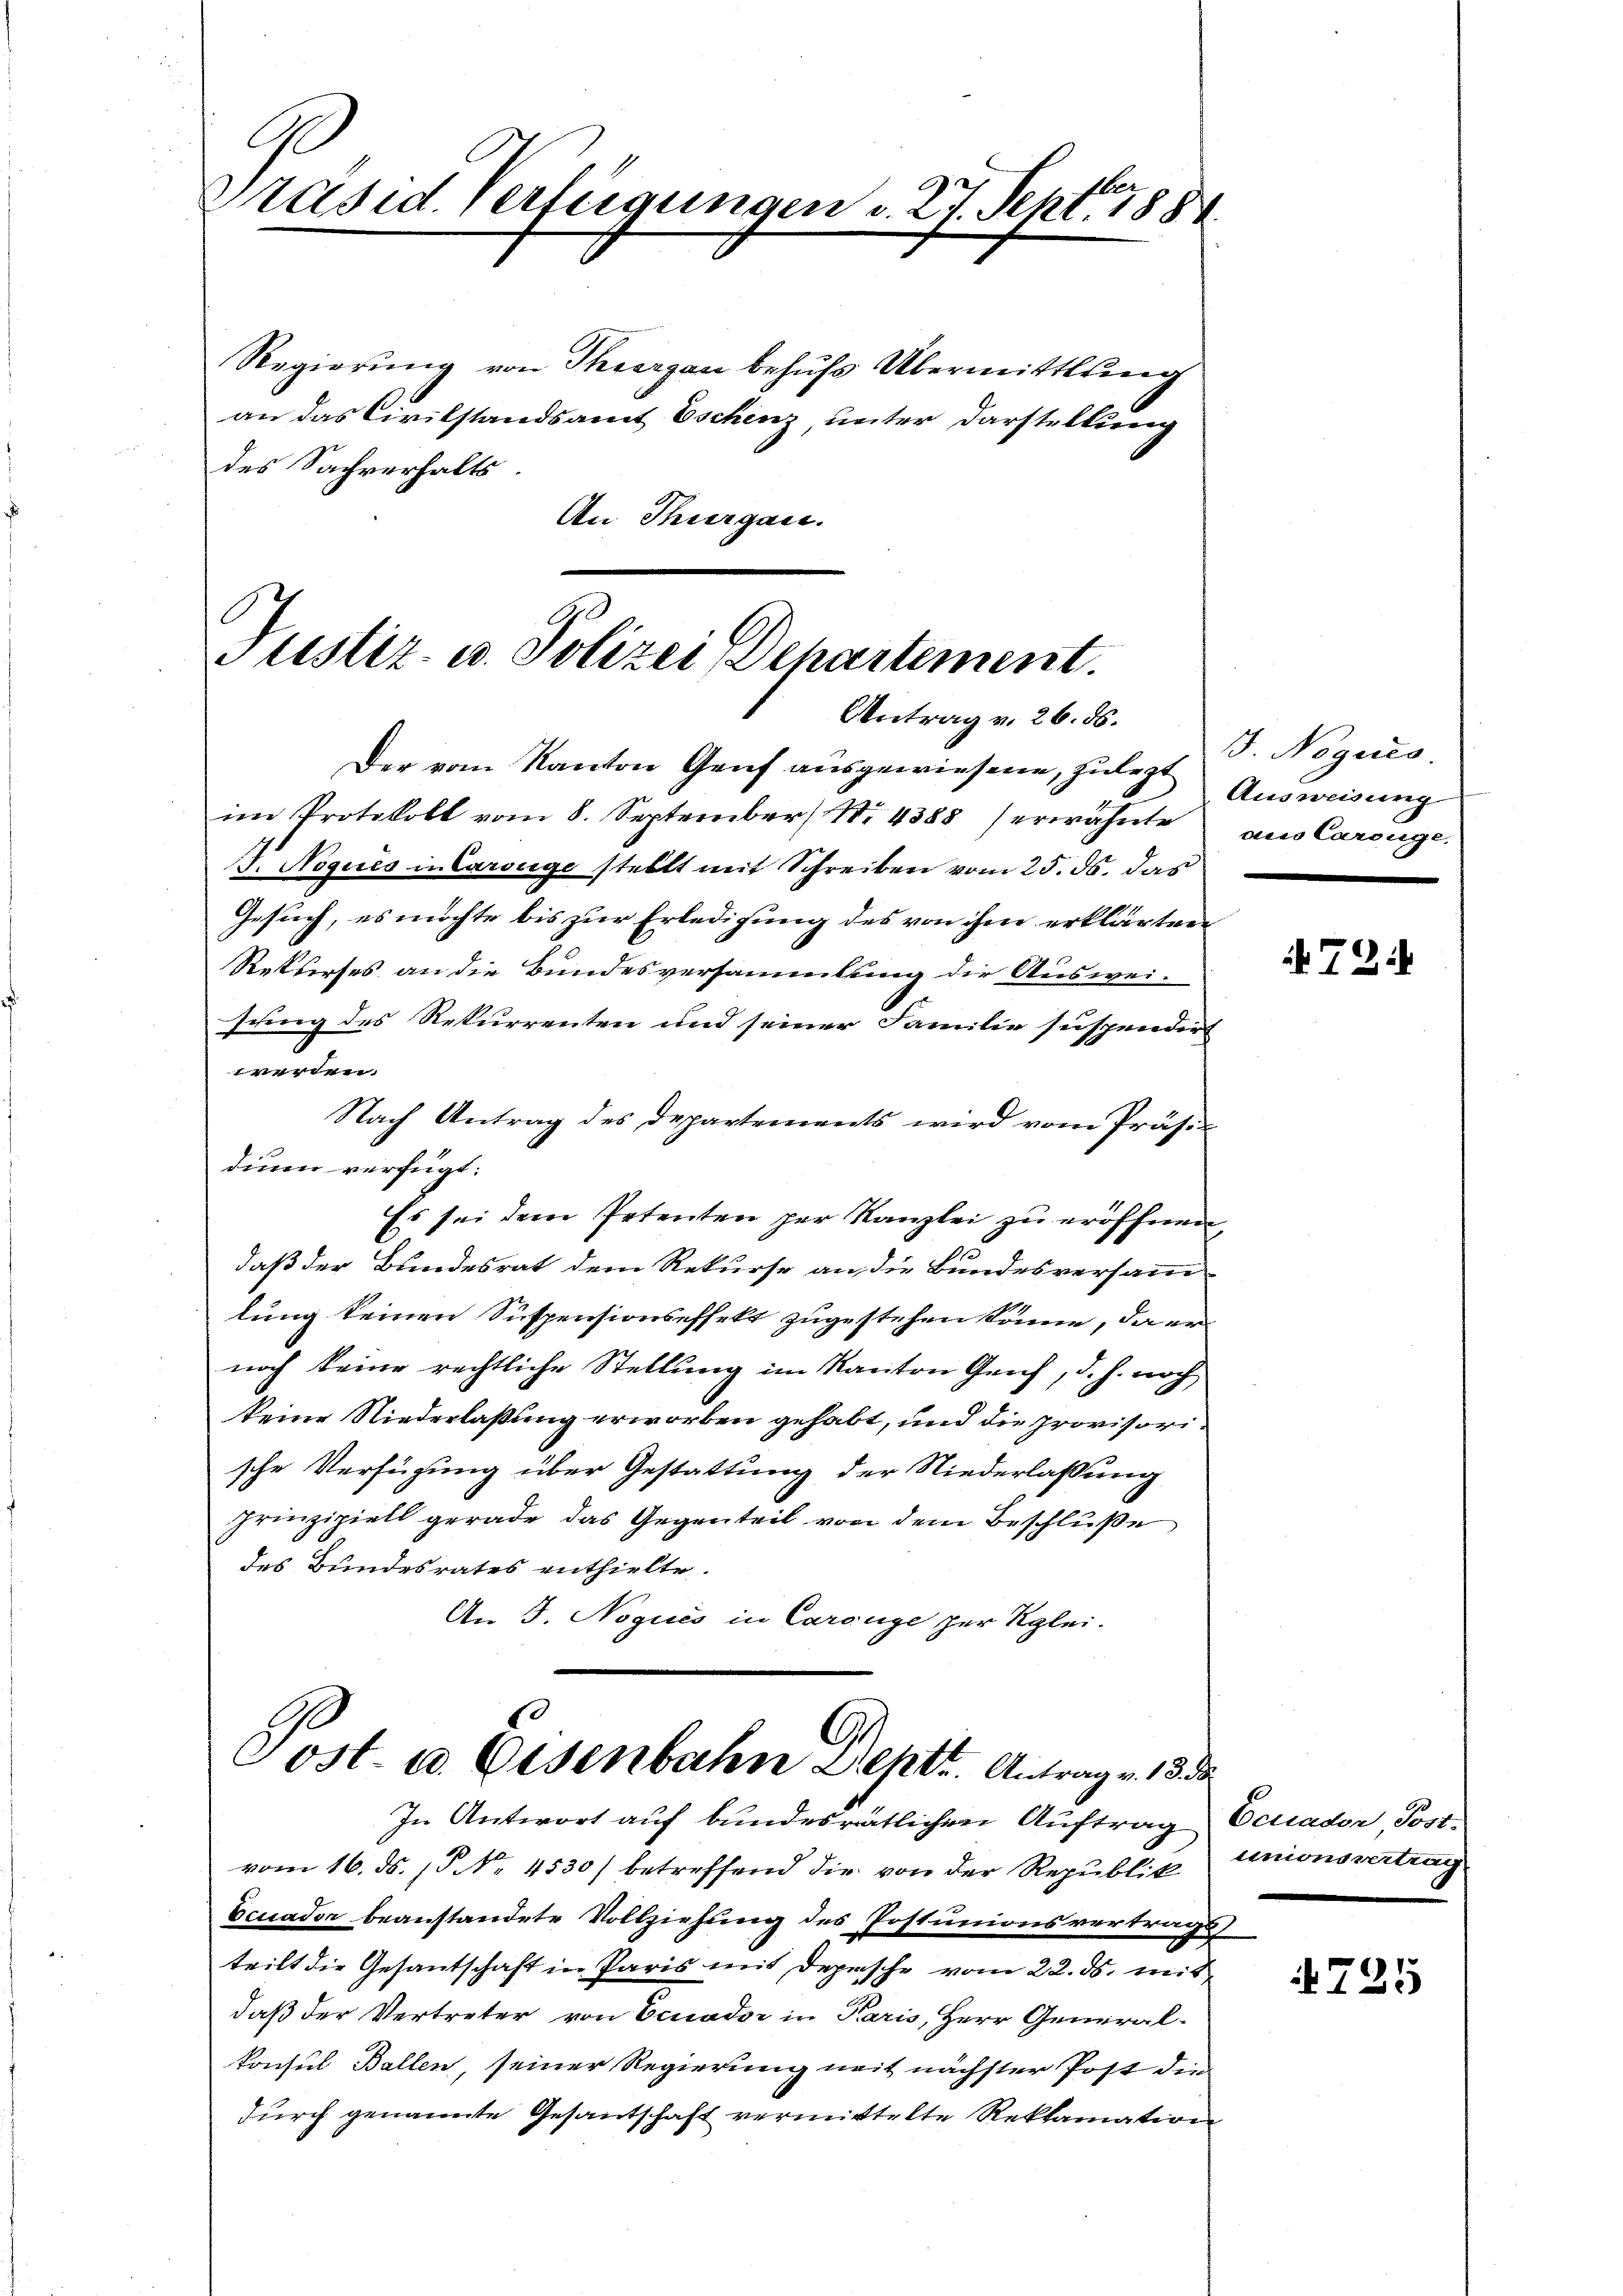
Präsid. Verfügungen v. 27. Sept. 1888

Regierung von Thiergau behufs Übermittlung
an das Civilstandsamt Eschenz unter Darstellung
des Sachverhalts
An Thurgau.

Justiz- u. Polizei Departement.
Antrag v. 26. ds.

10
A
Post- u. Osenbahn Leptr. Antrag v. 13. d.
In Antwort auf bundesrätlichen Auftrag Ecuader Post¬

Der vom Kanton Genf ausgewiesene, zulegt
im Protokoll vom 8. September N. 4388 (erwähnte aus Carouge.
J. Nogues in Carouge stellt mit Schreiben vom 25. ds. das
Gesuch, es möchte bis zur Erledigung des von ihm erklärten
Rekurses an die Bundesversammlung die Auswei-
sung des Rekurrenten und seiner Familie suspendirt
werden.
Nach Antrag des Departements wird vom Präsi-
dium verfügt:
Es sei dem Petenten per Kanzlei zu eröffnen,
.
daß der Bundesrat dem Rekurse an die Bundesversammlung keinen Suspensionseffekt zugestehen könne, da er
noch keine rechtliche Stellung im Kanton Genf, d. h. noch
keine Niederlaßung erworben gehabt, und die provisorische Verfügung über Gestattung der Niederlassung
Prinzipiell gerade das Gegenteil von dem Beschluße
des Bundesrates enthielte.
An J. Nogues in Carouge zur Kglei-

vom 16. ds. [§ No. 4530) betreffend die von der Republik unionsvertrag
Ecuador beanstandete Vollziehung des Postunionsvertrags
teilt die Gesantschaft in Paris mit Depesche vom 22. ds. mitdaß der Vertreter von Ecnador in Paris, Herr Generalkonsul Ballen, seiner Regierung mit nächster Post die
durch genannte Gesantschaft vermittelte Reklamation

B. Nogues
Ausweisung

72.

4725